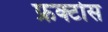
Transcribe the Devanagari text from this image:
फ्रक्टोस